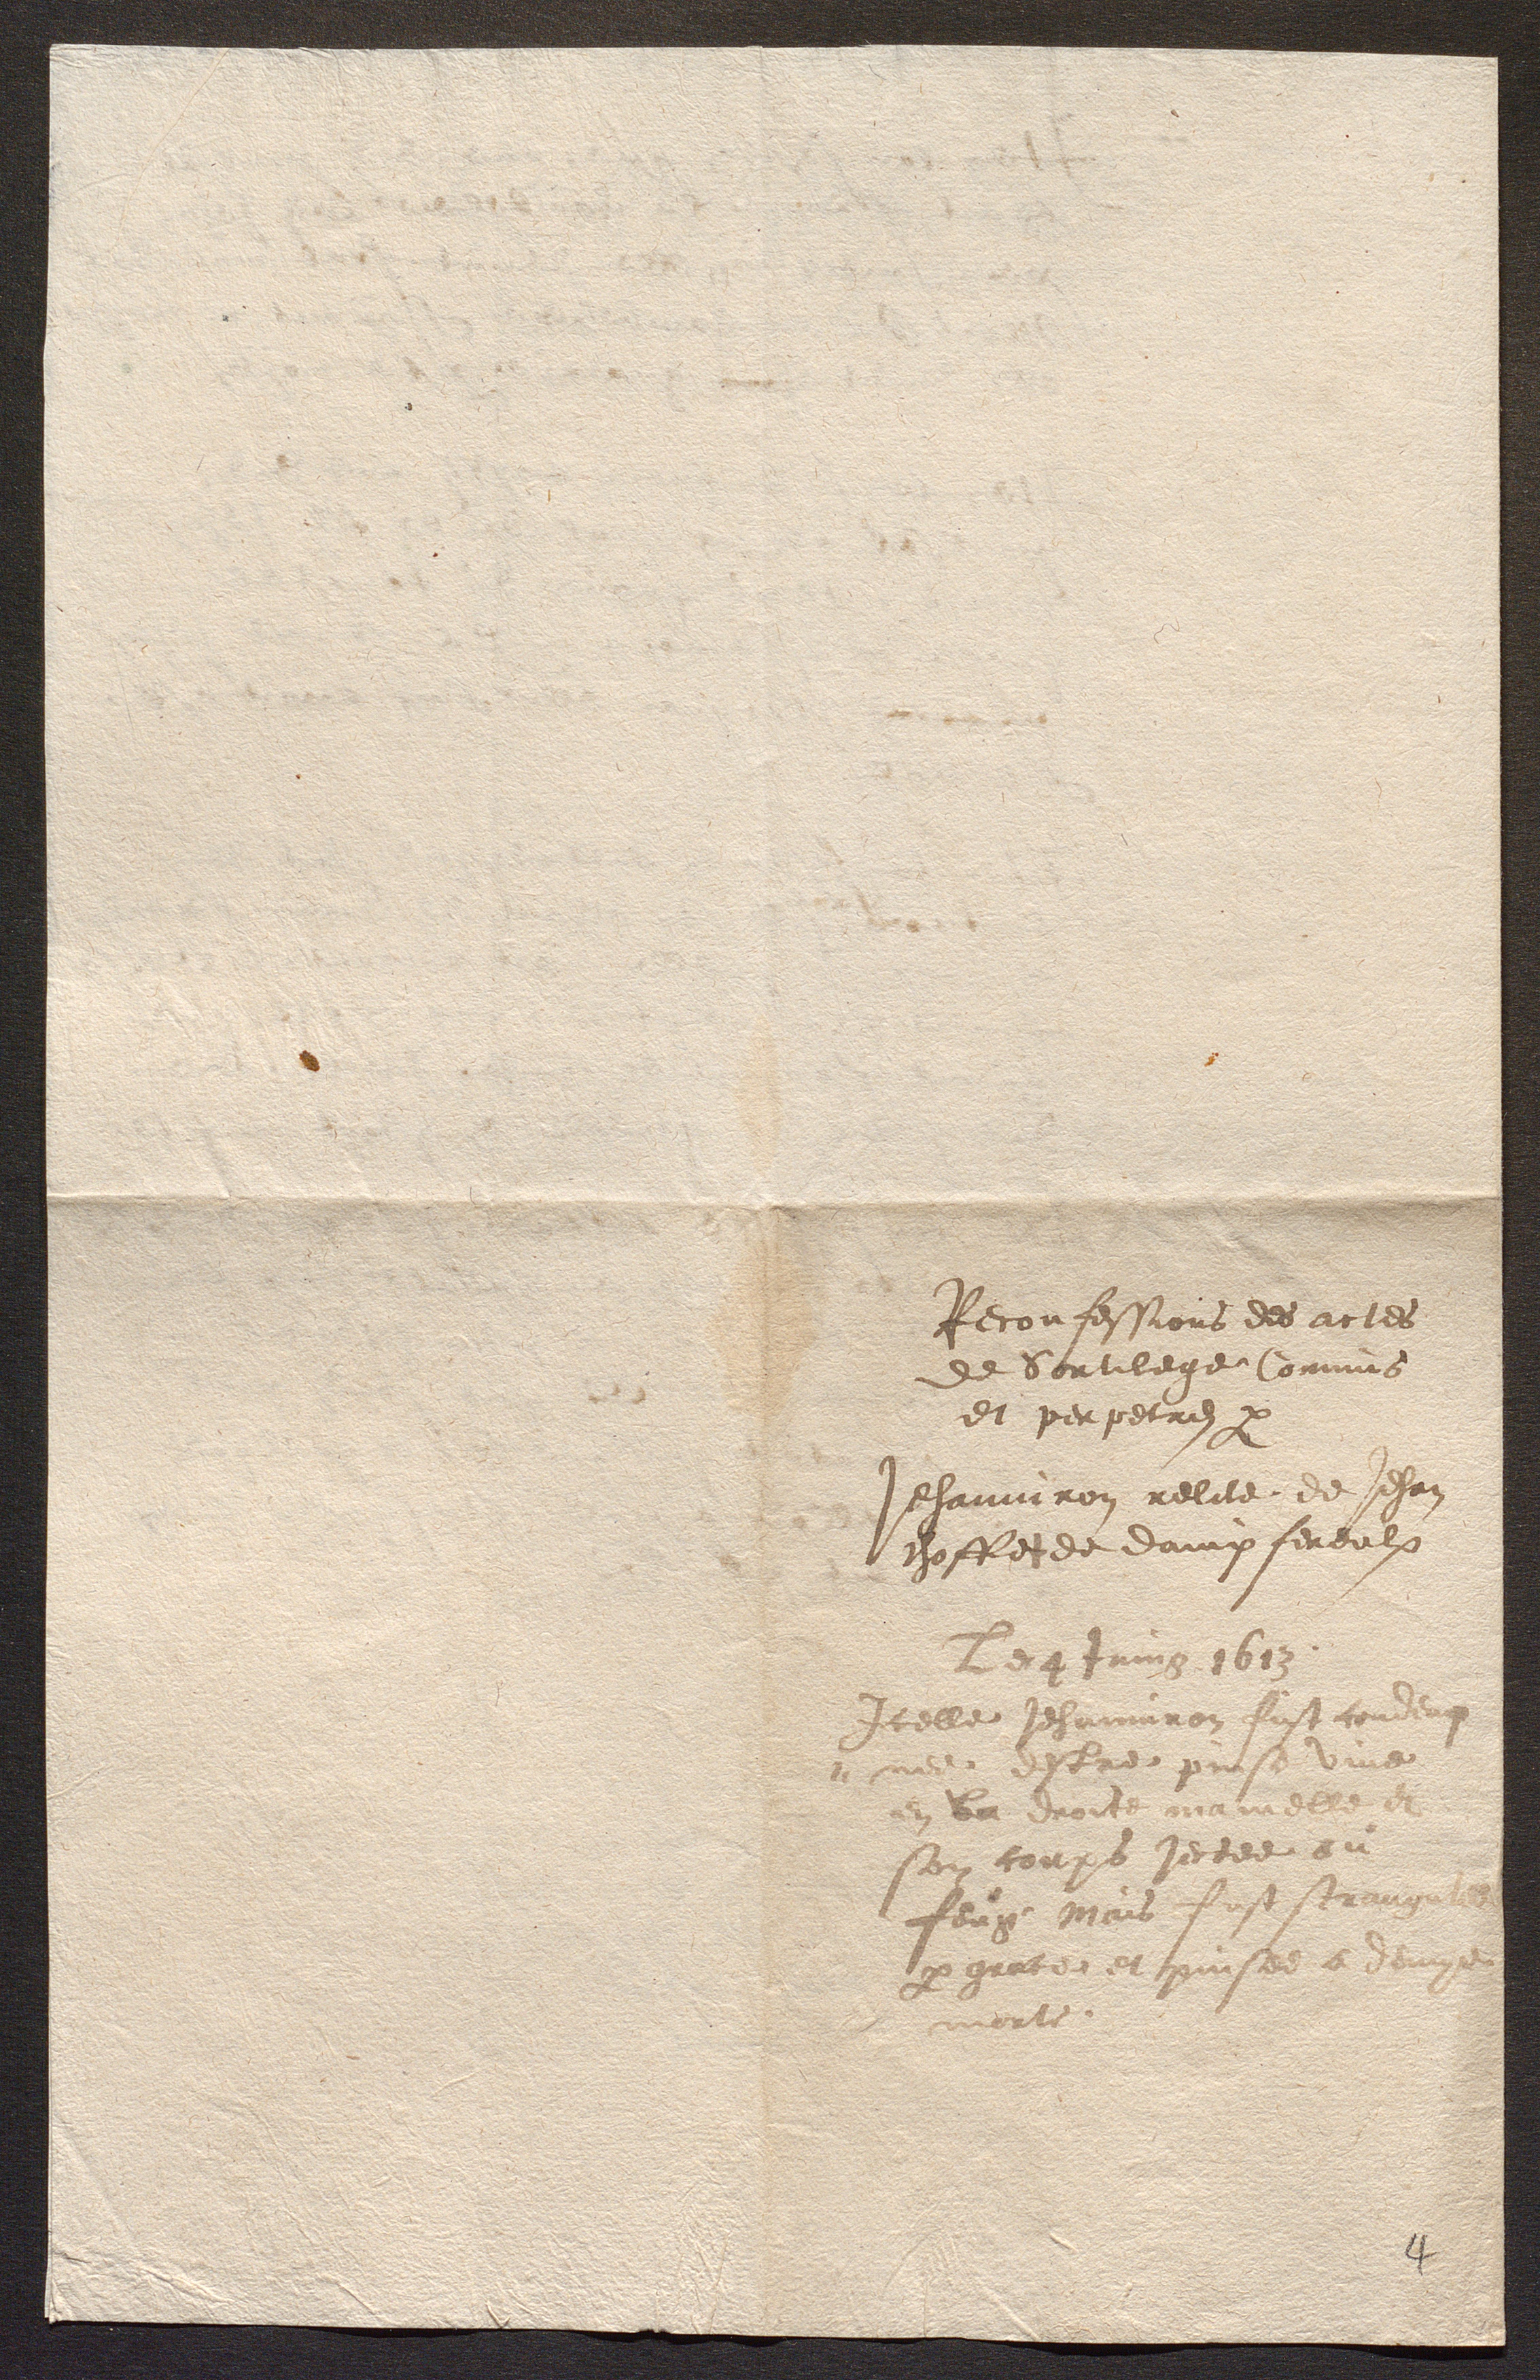
Reconfessions des actes
de Sortilege Commis
et perpetres par
Jehanniron relite de Jehan
choffe de dampfereulx
Le4 Juing 1613
Icelle Jehanninon fust touldut
nele dsbre prese ui
en da dont monenerrae
son corps jetee au
feug eais fust sermis
par gratee et puises e vaige
verle